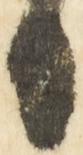
日